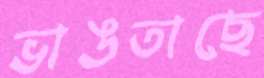
ভাঙতাছে